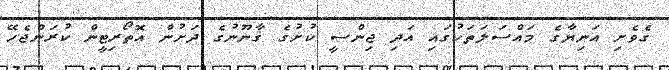
ގެވެށި އަނިޔާގެ މައްސަލަތަކުގައި އަދި ޖިންސީ ކުށުގެ ޤާނޫނުގެ ދަށުން އޮތޯރިޓީން ކުރަންޖެހޭ